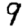
Digit: 9